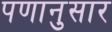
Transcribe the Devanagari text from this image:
पणानुसार